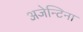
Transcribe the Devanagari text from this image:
अजेन्टिना